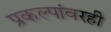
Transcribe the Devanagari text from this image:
प्रकल्पांवरही